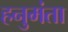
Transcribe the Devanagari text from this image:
हनुमंता